Scottish Certificate of Education, 1963
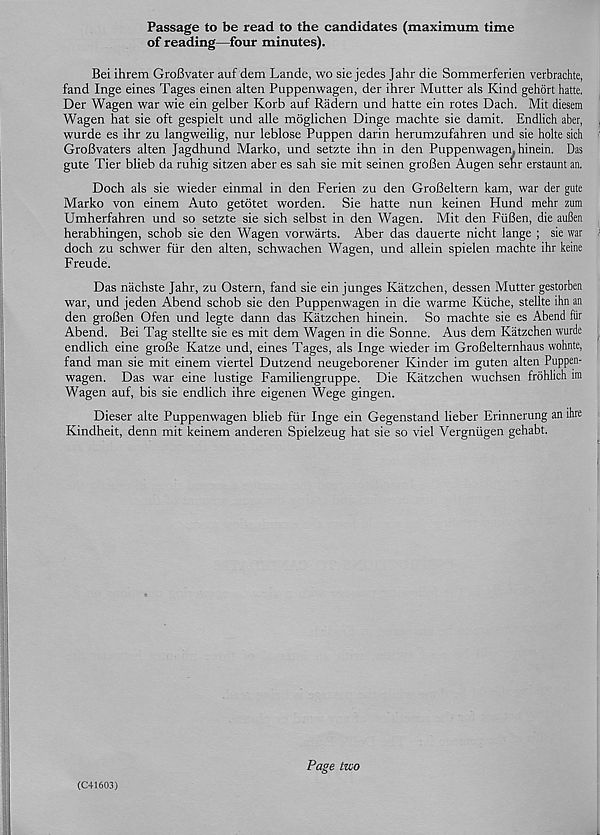
Passage to be read to the candidates (maximum time
of reading—four minutes).
Bei ihrem GroBvater auf dem Lande, wo sie jedes Jahr die Sommerferien verbrachte,
fand Inge eines Tages einen alten Puppenwagen, der ihrer Mutter als Kind gehort hatte.
Der Wagen war wie ein gelber Korb auf Radern und hatte ein rotes Dach. Mit diesem
Wagen hat sie oft gespielt und alle moglichen Dinge machte sie damit. Endlich aber,
wurde es ihr zu langweilig, nur leblose Puppen darin herumzufahren und sie holte sich
GroBvaters alten Jagdhund Marko, und setzte ihn in den Puppenwagen^ hinein. Das
gute Tier blieb da ruhig sitzen aber es sah sie mit seinen groBen Augen senr erstaunt an.
Doch als sie wieder einmal in den Ferien zu den GroBeltern kam, war der gute
Marko von einem Auto getotet worden. Sie hatte nun keinen Hund mehr zum
Umherfahren und so setzte sie sich selbst in den Wagen. Mit den FiiBen, die auBen
herabhingen, schob sie den Wagen vorwarts. Aber das dauerte nicht lange ; sie war
doch zu schwer fur den alten, schwachen Wagen, und allein spielen machte ihr keine
Freude.
Das nachste Jahr, zu Ostern, fand sie ein junges Katzchen, dessen Mutter gestorben
war, und jeden Abend schob sie den Puppenwagen in die warme Kiiche, stellte ihn an
den groBen Ofen und legte dann das Katzchen hinein. So machte sie es Abend fur
Abend. Bei Tag stellte sie es mit dem Wagen in die Sonne. Aus dem Katzchen wurde
endlich eine groBe Katze und, eines Tages, als Inge wieder im GroBelternhaus wohnte,
fand man sie mit einem viertel Dutzend neugeborener Kinder im guten alten Puppen-
wagen. Das war eine lustige Familiengruppe. Die Katzchen wuchsen frdhlich im
Wagen auf, bis sie endlich ihre eigenen Wege gingen.
Dieser alte Puppenwagen blieb fur Inge ein Gegenstand lieber Erinnerung an ihre
Kindheit, denn mit keinem anderen Spielzeug hat sie so viel Vergntigen gehabt.
(C41603)
Page two